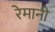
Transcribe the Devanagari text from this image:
रेमानी